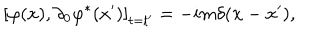
LaTeX: \left[ \varphi ( x ) , \partial _ { 0 } \varphi ^ { * } ( x ^ { \prime } ) \right] _ { t = t ^ { \prime } } = - i m \delta ( \mathbf { x } - \mathbf { x } ^ { \prime } ) ,